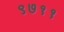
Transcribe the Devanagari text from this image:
९७११